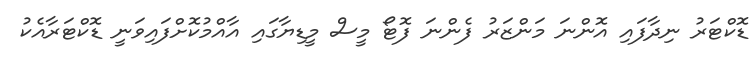
ޑޮކްޓަރު ނިދާފައި އޮންނަ މަންޒަރު ފެންނަ ފޮޓޯ މީސް މީޑިޔާގައި އާއްމުކޮށްފައިވަނީ ޑޮކްޓަރާއެކު